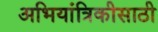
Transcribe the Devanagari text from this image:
अभियांत्रिकीसाठी